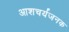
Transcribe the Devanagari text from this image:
आशचर्यजनक